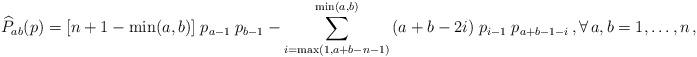
LaTeX: \begin{align*} {\widehat P}_{ab}(p)= [n+1-\min(a,b)]\;p_{a-1}\;p_{b -1}- \sum_{i=\max(1,a+b-n-1)}^{\min(a,b)} \,(a+ b - 2i)\;p_{i-1}\;p_{a+b - 1-i}\,,\forall\,a,b=1,\ldots,n\,,\end{align*}